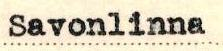
Savonlinna